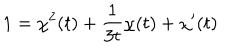
LaTeX: 1 = \chi ^ { 2 } ( t ) + { \frac { 1 } { 3 t } } \chi ( t ) + \chi ^ { \prime } ( t )